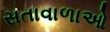
સતાવાળાઓ